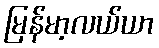
မြန်မာ့လယ်ယာ